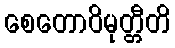
စေတောဝိမုတ္တီတိ